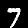
Digit: 7